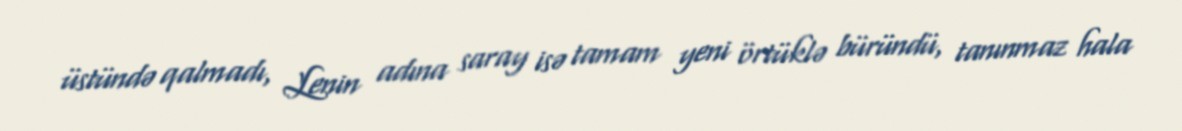
üstündə qalmadı, Lenin adına saray isə tamam yeni örtüklə büründü, tanınmaz hala